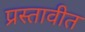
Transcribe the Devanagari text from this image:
प्रस्तावीत